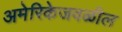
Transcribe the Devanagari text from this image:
अमेरिकेजवळील